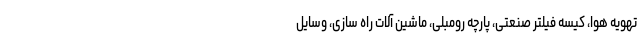
تهویه هوا، کیسه فیلتر صنعتی، پارچه رومبلی، ماشین آلات راه سازی، وسایل